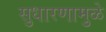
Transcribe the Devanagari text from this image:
सुधारणामुळे